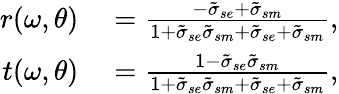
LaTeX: \begin{array}{rl}{r(\omega,\theta)}&{{}=\frac{-\tilde{\sigma}_{se}+\tilde{\sigma}_{sm}}{1+\tilde{\sigma}_{se}\tilde{\sigma}_{sm}+\tilde{\sigma}_{se}+\tilde{\sigma}_{sm}},}\\ {t(\omega,\theta)}&{{}=\frac{1-\tilde{\sigma}_{se}\tilde{\sigma}_{sm}}{1+\tilde{\sigma}_{se}\tilde{\sigma}_{sm}+\tilde{\sigma}_{se}+\tilde{\sigma}_{sm}},}\end{array}